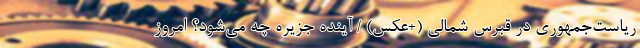
ریاست‌جمهوری در قبرس شمالی (+عکس) / آینده جزیره چه می‌شود؟ امروز